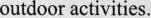
outdoor activities.